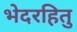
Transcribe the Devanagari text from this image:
भेदरहितु